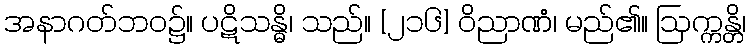
အနာဂတ်ဘဝ၌။ ပဋိသန္ဓိ၊ သည်။ [၂၁၆] ဝိညာဏံ၊ မည်၏။ ဩက္ကန္တိ၊